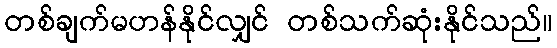
တစ်ချက်မဟန်နိုင်လျှင် တစ်သက်ဆုံးနိုင်သည်။